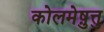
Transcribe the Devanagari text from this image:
कोलमेष़ुत्तु